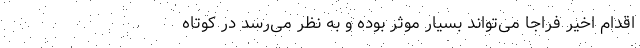
اقدام اخیر فراجا می‌تواند بسیار موثر بوده و به نظر می‌رسد در کوتاه